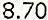
8.70